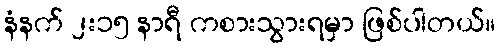
နံနက် ၂း၁၅ နာရီ ကစားသွားရမှာ ဖြစ်ပါတယ်။